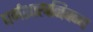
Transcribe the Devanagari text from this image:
धर्मशास्त्रनिबन्ध